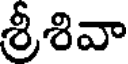
శ్రీశివా